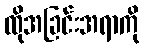
ထိုအခြင်းအရာကို